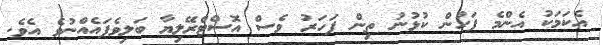
އެކަމަކު އެންމެ ފަހުން ކުޅުނު ތިން ފަހަރު ވެސް އޮސްޓްރޭލިޔާ ބަލިވެފައެއްނުވެ އެވެ.